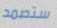
ستصمد